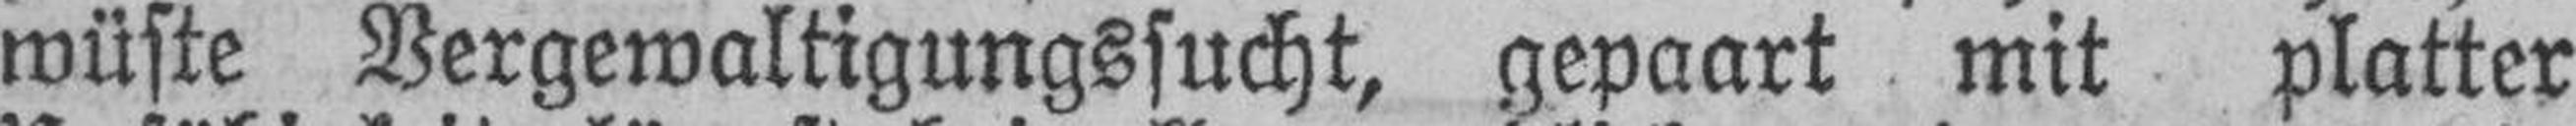
wüste Vergewaltigungssucht, gepaart mit platter